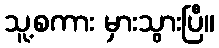
သူ့စကား မှားသွားပြီ။